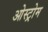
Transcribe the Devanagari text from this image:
ओस्ट्रोम